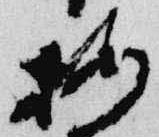
按